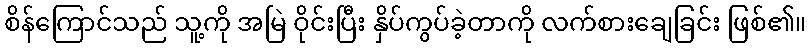
စိန်ကြောင်သည် သူ့ကို အမြဲ ဝိုင်းပြီး နှိပ်ကွပ်ခဲ့တာကို လက်စားချေခြင်း ဖြစ်၏။